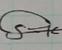
Signature authenticity: genuine